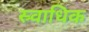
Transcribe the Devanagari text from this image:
स्र्वाधिक